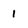
Character: 1